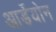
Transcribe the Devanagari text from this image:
आर्डेयोन